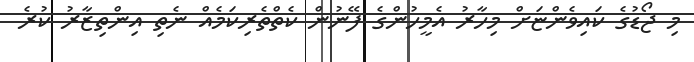
މި ޖޯޑުގެ ކައިވެންޏަށް މިހާރު އެމީހުންގެ ފޭނުން ކެތްތެރިކަމެއް ނެތި އިންތިޒާރު ކުރެ